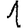
Digit: 1